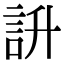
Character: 䛂